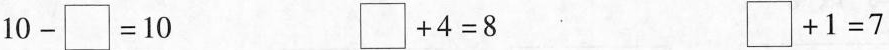
$$1 0 - \Box = 1 0$$ $$\Box + 4 = 8$$ $$\Box + 1 = 7$$